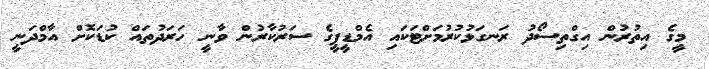
މީގެ އިތުރުން އިގްތިސޯދު ރަނގަޅުކުރުމަށްޓަކައި އެމްޑީޕީގެ ސަރުކާރުން ވާނީ ހަރަދުތައް ކުޑަކޮށް އާމްދަނީ